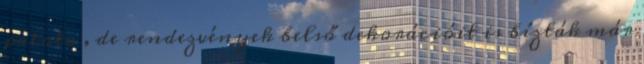
palota , de rendezvények belső dekorációit is bízták már